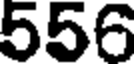
556